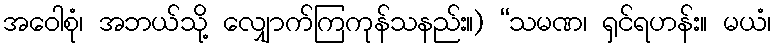
အဝေါစုံ၊ အဘယ်သို့ လျှောက်ကြကုန်သနည်း။) “သမဏ၊ ရှင်ရဟန်း။ မယံ၊